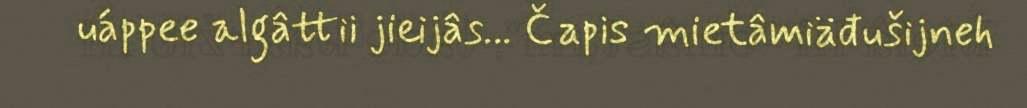
uáppee algâttii jieijâs... Čapis mietâmiäđušijneh